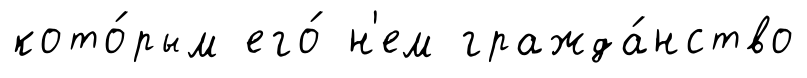
кото́рым его́ н'ем гражда́нство